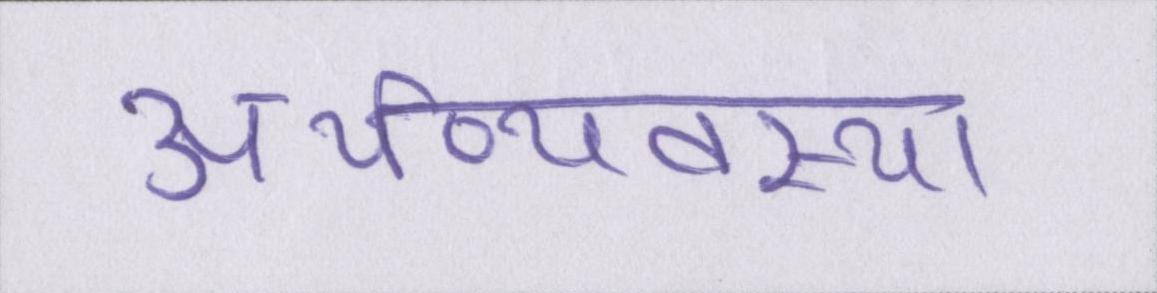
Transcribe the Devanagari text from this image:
अर्थव्यवस्था